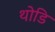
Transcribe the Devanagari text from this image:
थोडि